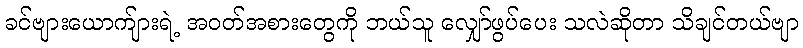
ခင်ဗျားယောက်ျားရဲ့ အဝတ်အစားတွေကို ဘယ်သူ လျှော်ဖွပ်ပေး သလဲဆိုတာ သိချင်တယ်ဗျာ